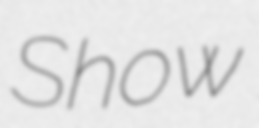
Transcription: Show